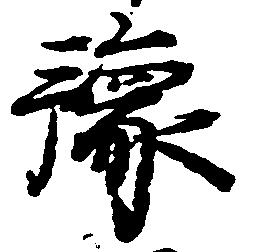
予